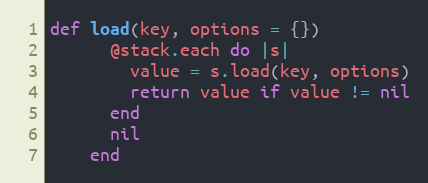
Language: Ruby
def load(key, options = {})
      @stack.each do |s|
        value = s.load(key, options)
        return value if value != nil
      end
      nil
    end